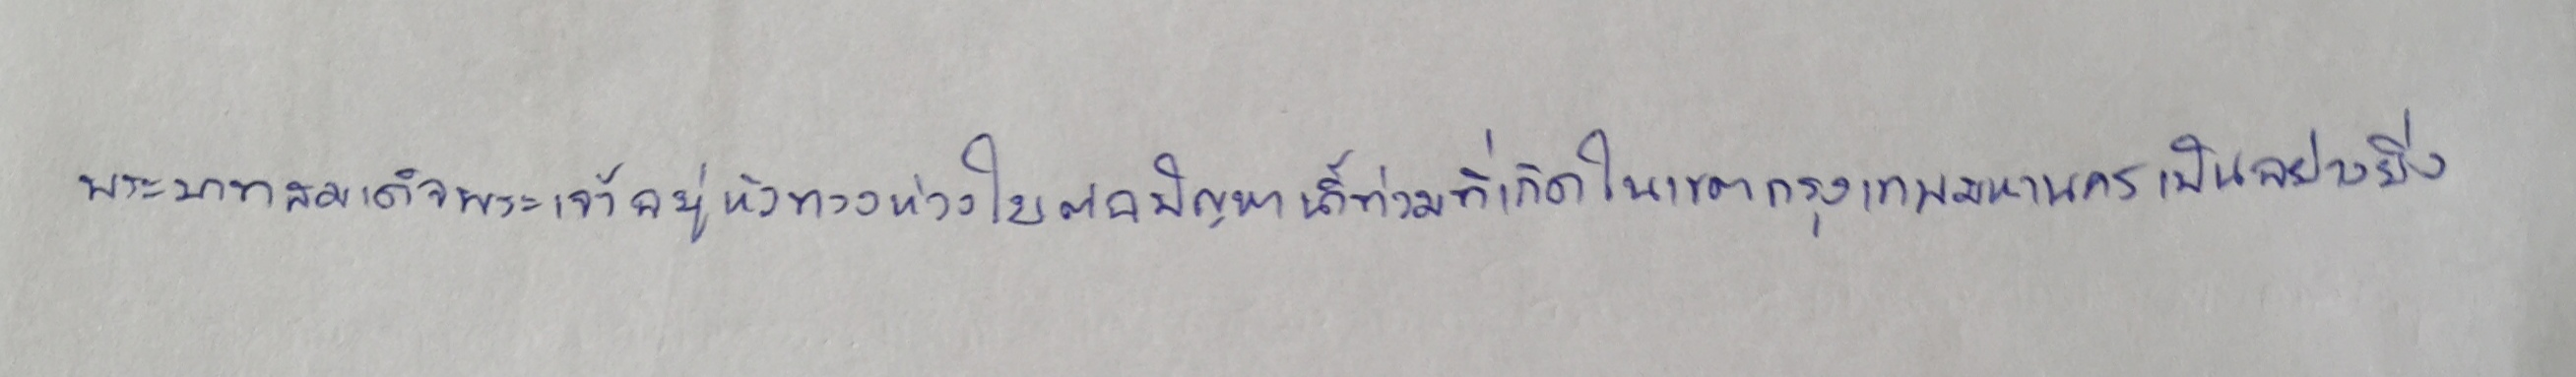
พระบาทสมเด็จพระเจ้าอยู่หัวทรงห่วงใยต่อปัญหาน้ำท่วมที่เกิดในเขตกรุงเทพมหานครเป็นอย่างยิ่ง